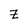
Character: Z